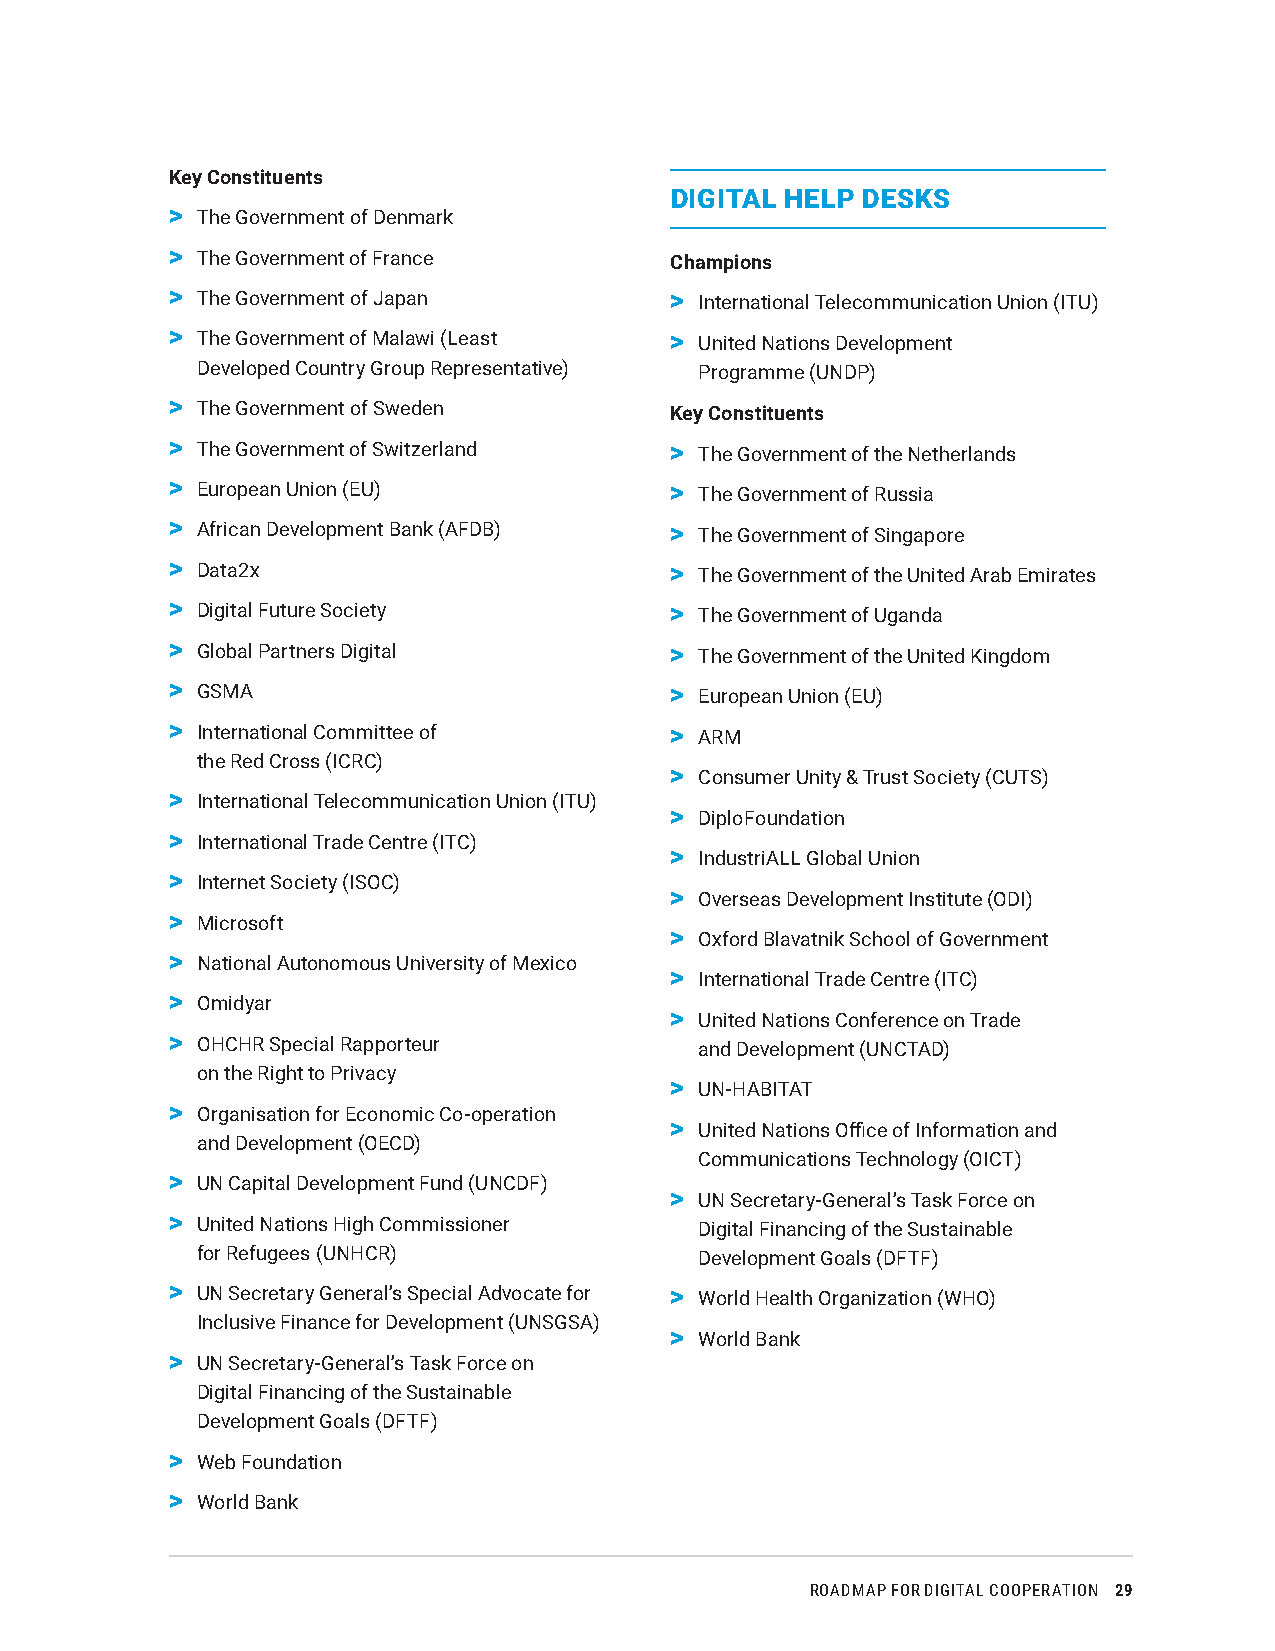
Key Constituents
 DIGITAL HELP DESKS
 > The Government of Denmark
 > The Government of France       Champions
 > The Government of Japan        > International Telecommunication Union (ITU)
 > The Government of Malawi (Least > United Nations Development
 Developed Country Group Representative) Programme (UNDP)
 > The Government of Sweden       Key Constituents
 > The Government of Switzerland  > The Government of the Netherlands
 > European Union (EU)            > The Government of Russia
 > African Development Bank (AFDB) > The Government of Singapore
 > Data2x                         > The Government of the United Arab Emirates
 > Digital Future Society         > The Government of Uganda
 > Global Partners Digital        > The Government of the United Kingdom
 > GSMA                           > European Union (EU)
 > International Committee of     > ARM
 the Red Cross (ICRC)
 > Consumer Unity & Trust Society (CUTS)
 > International Telecommunication Union (ITU)
 > DiploFoundation
 > International Trade Centre (ITC)
 > IndustriALL Global Union
 > Internet Society (ISOC)
 > Overseas Development Institute (ODI)
 > Microsoft
 > Oxford Blavatnik School of Government
 > National Autonomous University of Mexico
 > International Trade Centre (ITC)
 > Omidyar
 > United Nations Conference on Trade
 > OHCHR Special Rapporteur         and Development (UNCTAD)
 on the Right to Privacy
 > UN-HABITAT
 > Organisation for Economic Co-operation
 > United Nations Office of Information and
 and Development (OECD)
 Communications Technology (OICT)
 > UN Capital Development Fund (UNCDF)
 > UN Secretary-General’s Task Force on
 > United Nations High Commissioner Digital Financing of the Sustainable
 for Refugees (UNHCR)             Development Goals (DFTF)
 > UN Secretary General’s Special Advocate for > World Health Organization (WHO)
 Inclusive Finance for Development (UNSGSA)
 > World Bank
 > UN Secretary-General’s Task Force on
 Digital Financing of the Sustainable
 Development Goals (DFTF)
 > Web Foundation
 > World Bank
 ROADMAP FOR DIGITAL COOPERATION 29